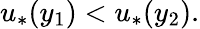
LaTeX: u_{*}(y_{1})<u_{*}(y_{2}).